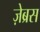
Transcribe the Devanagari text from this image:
ज़ेब्रस